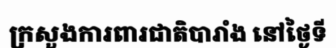
ក្រសួងការពារជាតិបារាំង នៅថ្ងៃទី